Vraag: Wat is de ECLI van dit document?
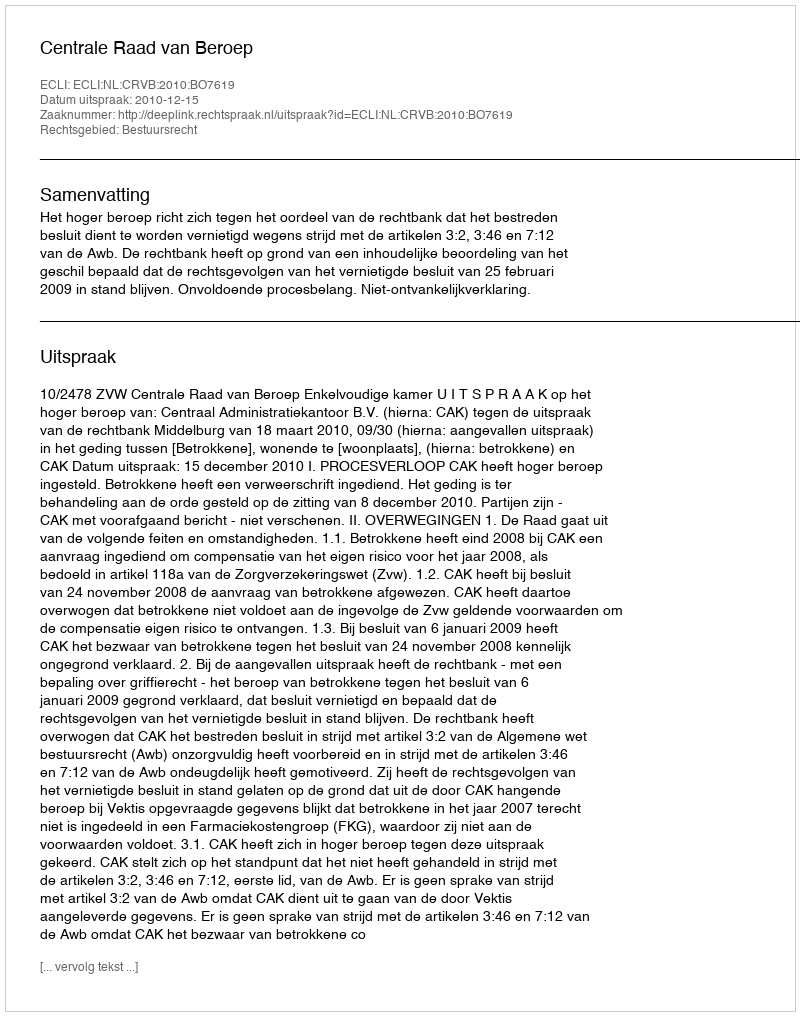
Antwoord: ECLI:NL:CRVB:2010:BO7619